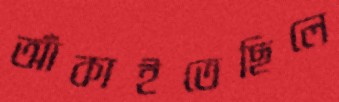
আঁকাইতেছিলে